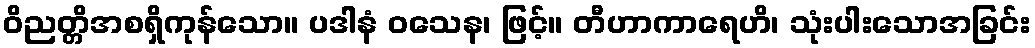
ဝိညတ္တိအစရှိကုန်သော။ ပဒါနံ ဝသေန၊ ဖြင့်။ တီဟာကာရေဟိ၊ သုံးပါးသောအခြင်း